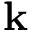
\boldsymbol { \mathbf { k } }